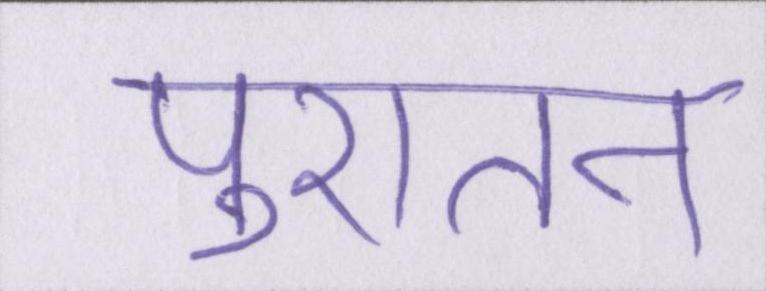
पुरातन